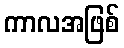
ကာလအဖြစ်